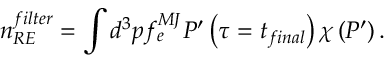
n _ { R E } ^ { f i l t e r } = \int d ^ { 3 } p f _ { e } ^ { M J } P ^ { \prime } \left( \tau = t _ { f i n a l } \right) \chi \left( P ^ { \prime } \right) .